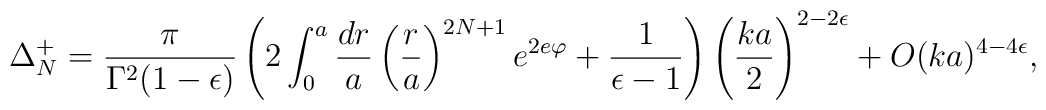
\Delta^{+}_N  = \frac{\pi}{\Gamma^2(1-\epsilon)}    \left( 2 \int^a_0 \frac{dr}{a} \left(\frac{r}{a}\right)^{2N+1}    e^{2 e \varphi} + \frac{1}{\epsilon - 1}\right)    \left(\frac{ka}{2}\right)^{2 - 2\epsilon}    + O(ka)^{4-4\epsilon},